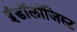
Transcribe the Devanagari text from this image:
इंडॉलॉजिस्ट